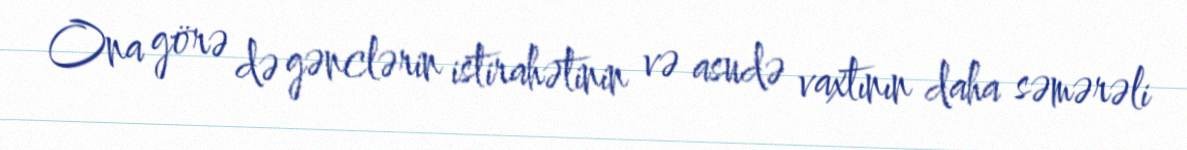
Ona görə də gənclərin istirahətinin və asudə vaxtının daha səmərəli